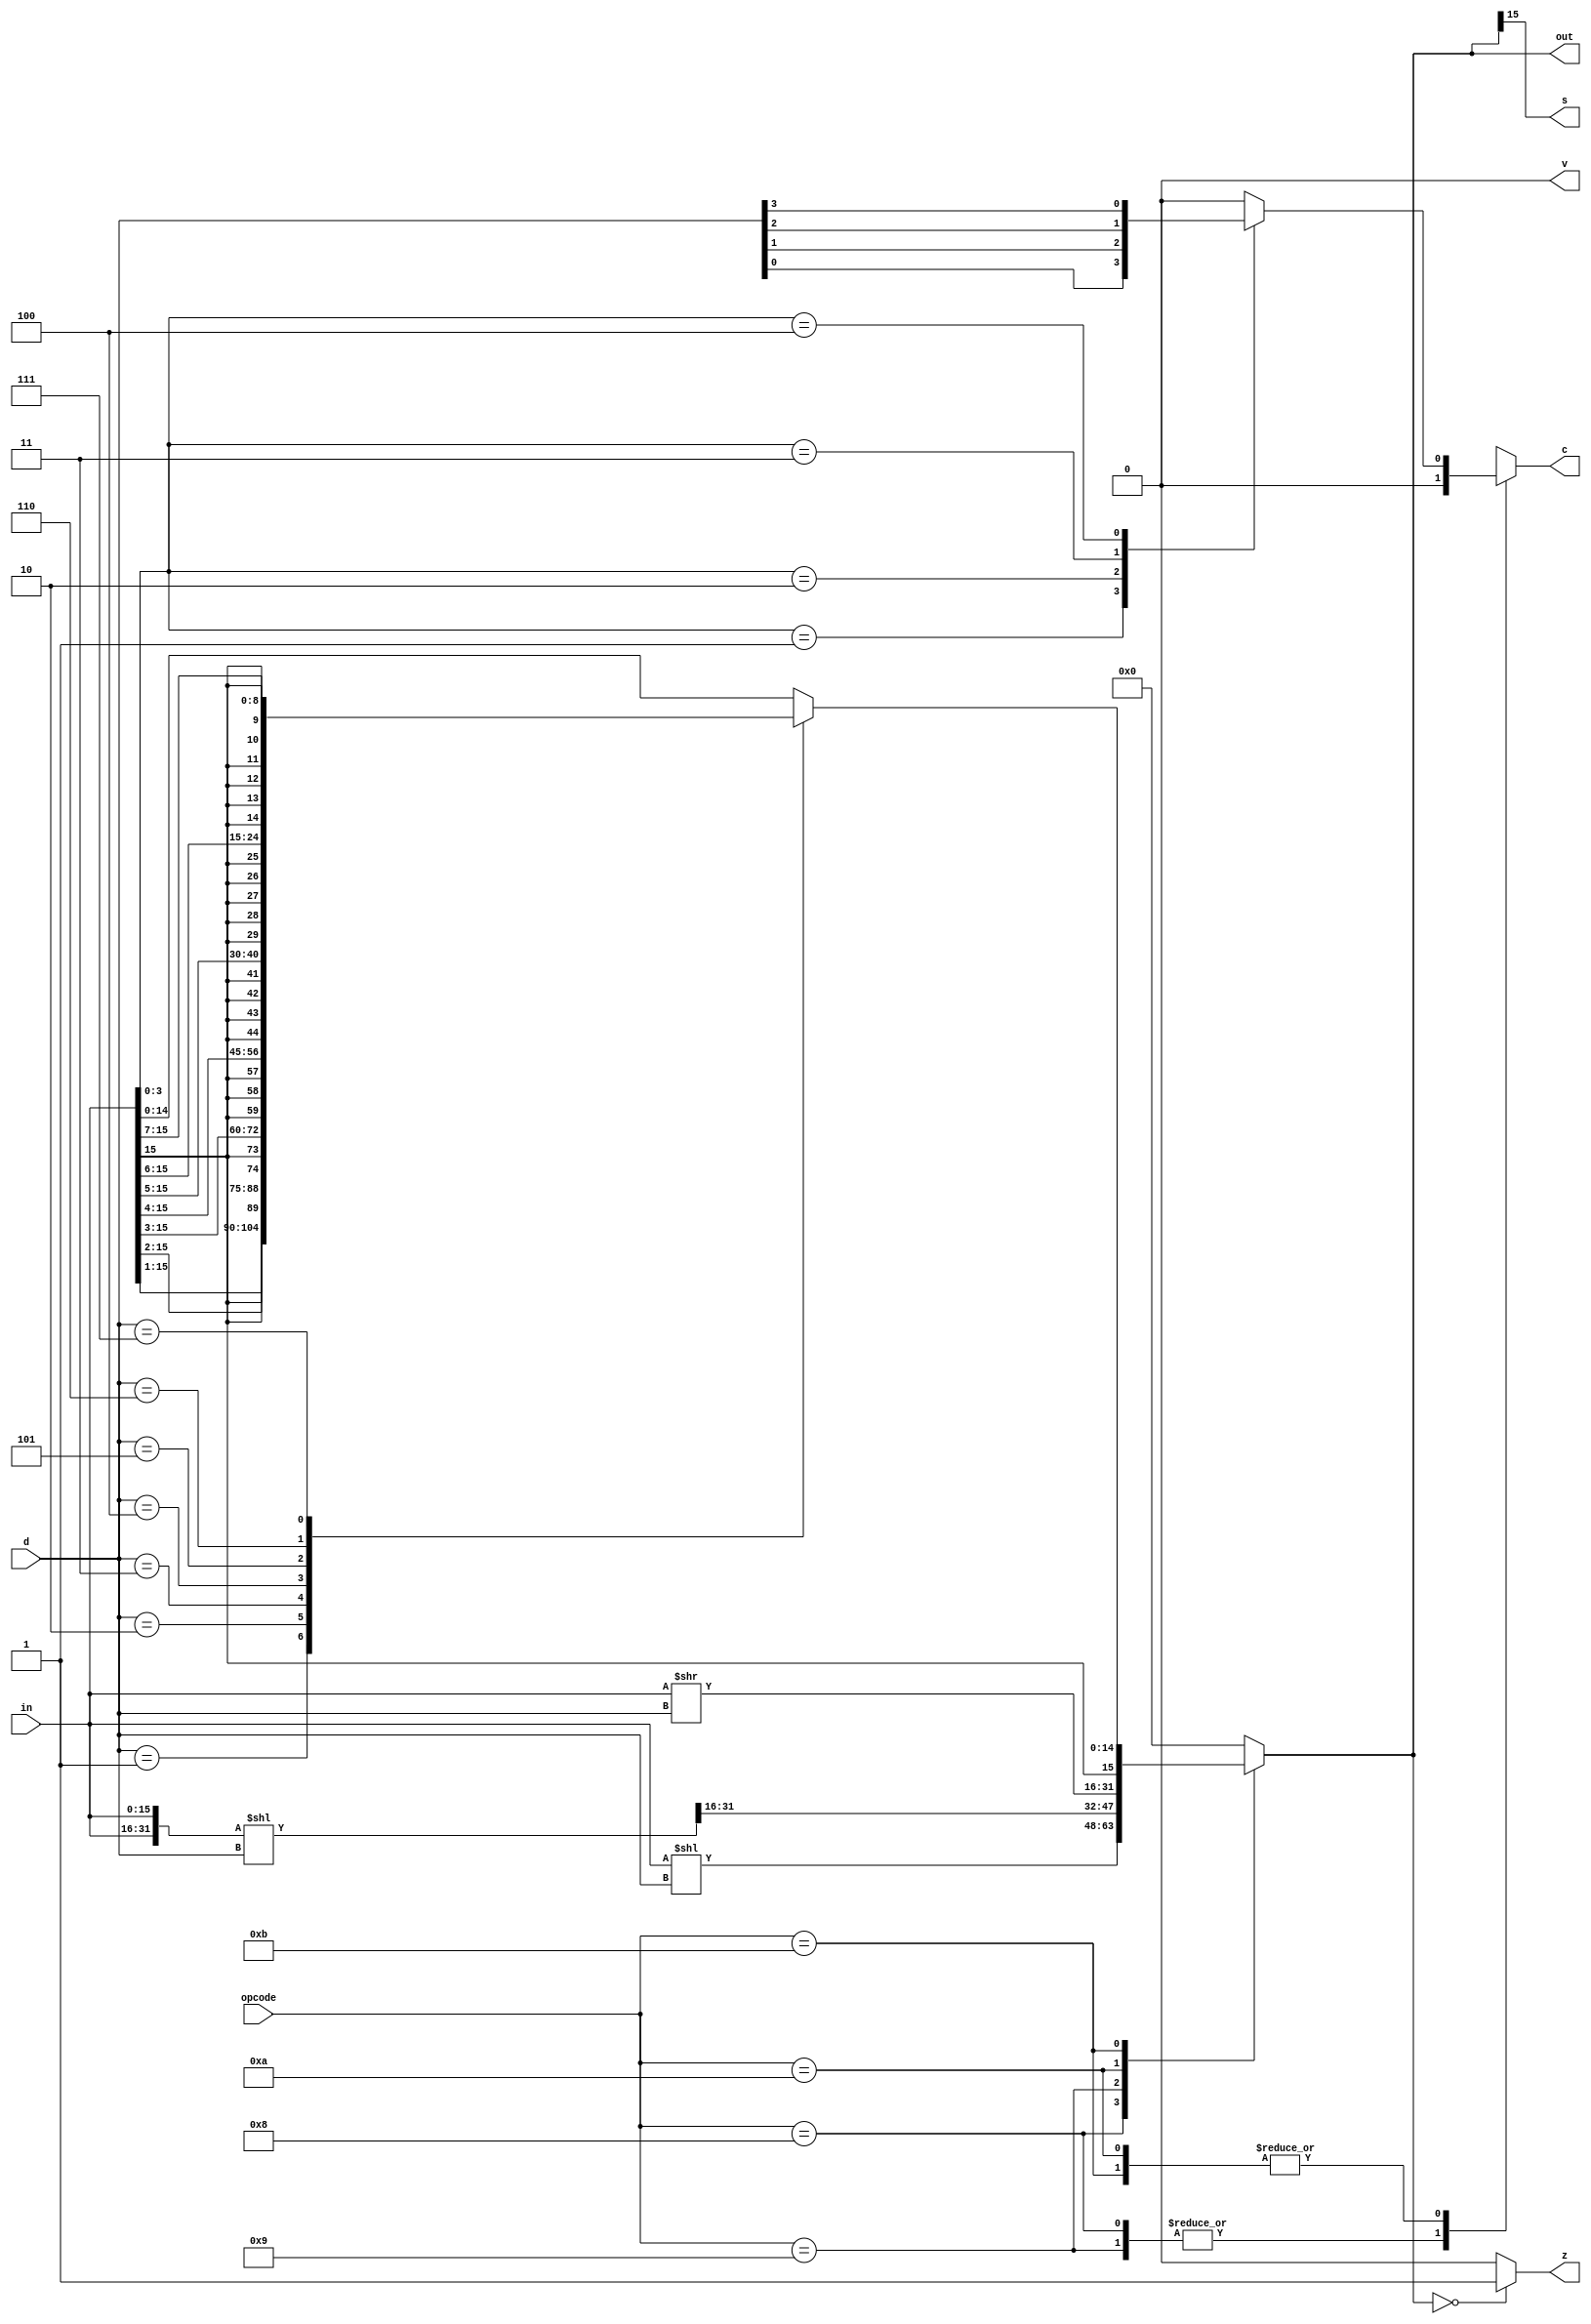
module shifter(
	input [3:0] opcode,d,
    input [15:0] in,
    output [15:0] out,
    output s,z,c,v
    );

wire shiftc;

function [16:0] calculate; 
input [3:0] opcode;
input [15:0] in; // r[Rd]
input [3:0] d;
begin 
	case (opcode)
	 8:  calculate = in << d; // shift left logical (sll)
	 9:  calculate = slr(in, d); // shift left rotate
	 10: calculate = in >> d; // shift right logical (srl)
	 11: calculate = sra(in, d); // shift right arithmetic
     default: calculate = 17'b0;
	 endcase
end 
endfunction
wire [31:0] shifted_double_in;
assign shifted_double_in = {in, in} << d;
function [16:0] slr; // shift left rotate(modified by Moeka)
input [0:15] in;
input [0:3] d;
	slr = shifted_double_in[31:16];
endfunction

function [16:0] sra; // shift right arithmetic
input [15:0] in;
input [0:3] d;
case (d)
	1: sra = {in[15], in[15:1]};
	2: sra = {{2{in[15]}}, in[15:2]};
	3: sra = {{3{in[15]}}, in[15:3]};
	4: sra = {{4{in[15]}}, in[15:4]};
	5: sra = {{5{in[15]}}, in[15:5]};
	6: sra = {{6{in[15]}}, in[15:6]};
	7: sra = {{7{in[15]}}, in[15:7]};
	default: sra = in;
endcase
endfunction

function shiftout;
input [3:0] opcode, d;
input [15:0] in;
case(opcode)
	8:case (d)
		1: shiftout = in[15];
		2: shiftout = in[14];
		3: shiftout = in[13];
		4: shiftout = in[12];
		5: shiftout = in[11];
		6: shiftout = in[10];
		7: shiftout = in[9];
		default: shiftout = 0;
	  endcase
	 9: shiftout = 0;
	10, 11:case (d)
		1: shiftout = in[0];
		2: shiftout = in[1];
		3: shiftout = in[2];
		4: shiftout = in[3];
		5: shiftout = in[4];
		6: shiftout = in[5];
		7: shiftout = in[6];
		default: shiftout = 0;
	endcase
endcase 
endfunction

assign out = calculate(opcode , in , d);

assign z = (out == 16'b0)? 1:0;

// overflow
assign v = 0;

assign c = shiftout(opcode, in, d);
						
assign s = out[15];
endmodule